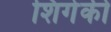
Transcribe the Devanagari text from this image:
शिगेकी